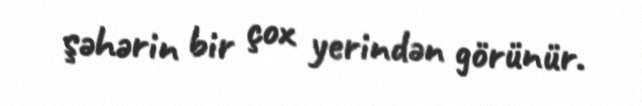
şəhərin bir çox yerindən görünür.